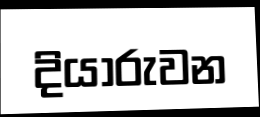
දියාරුවන